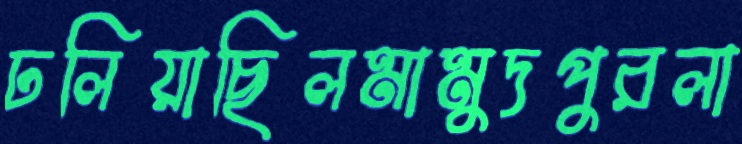
ঢলিয়াছিলমামুদপুরলা